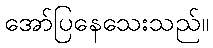
အော်ပြနေသေးသည်။